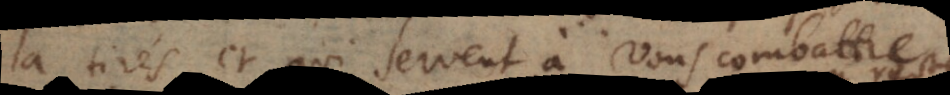
a tirés et qui servent à vous combattre: